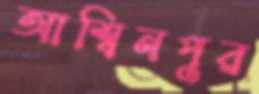
আশ্বিনপুর